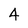
Character: 4